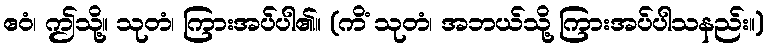
ဧဝံ၊ ဤသို့။ သုတံ၊ ကြားအပ်ပါ၏။ (ကိံ သုတံ၊ အဘယ်သို့ ကြားအပ်ပါသနည်း။)